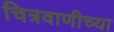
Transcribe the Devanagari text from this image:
चित्रवाणीच्या